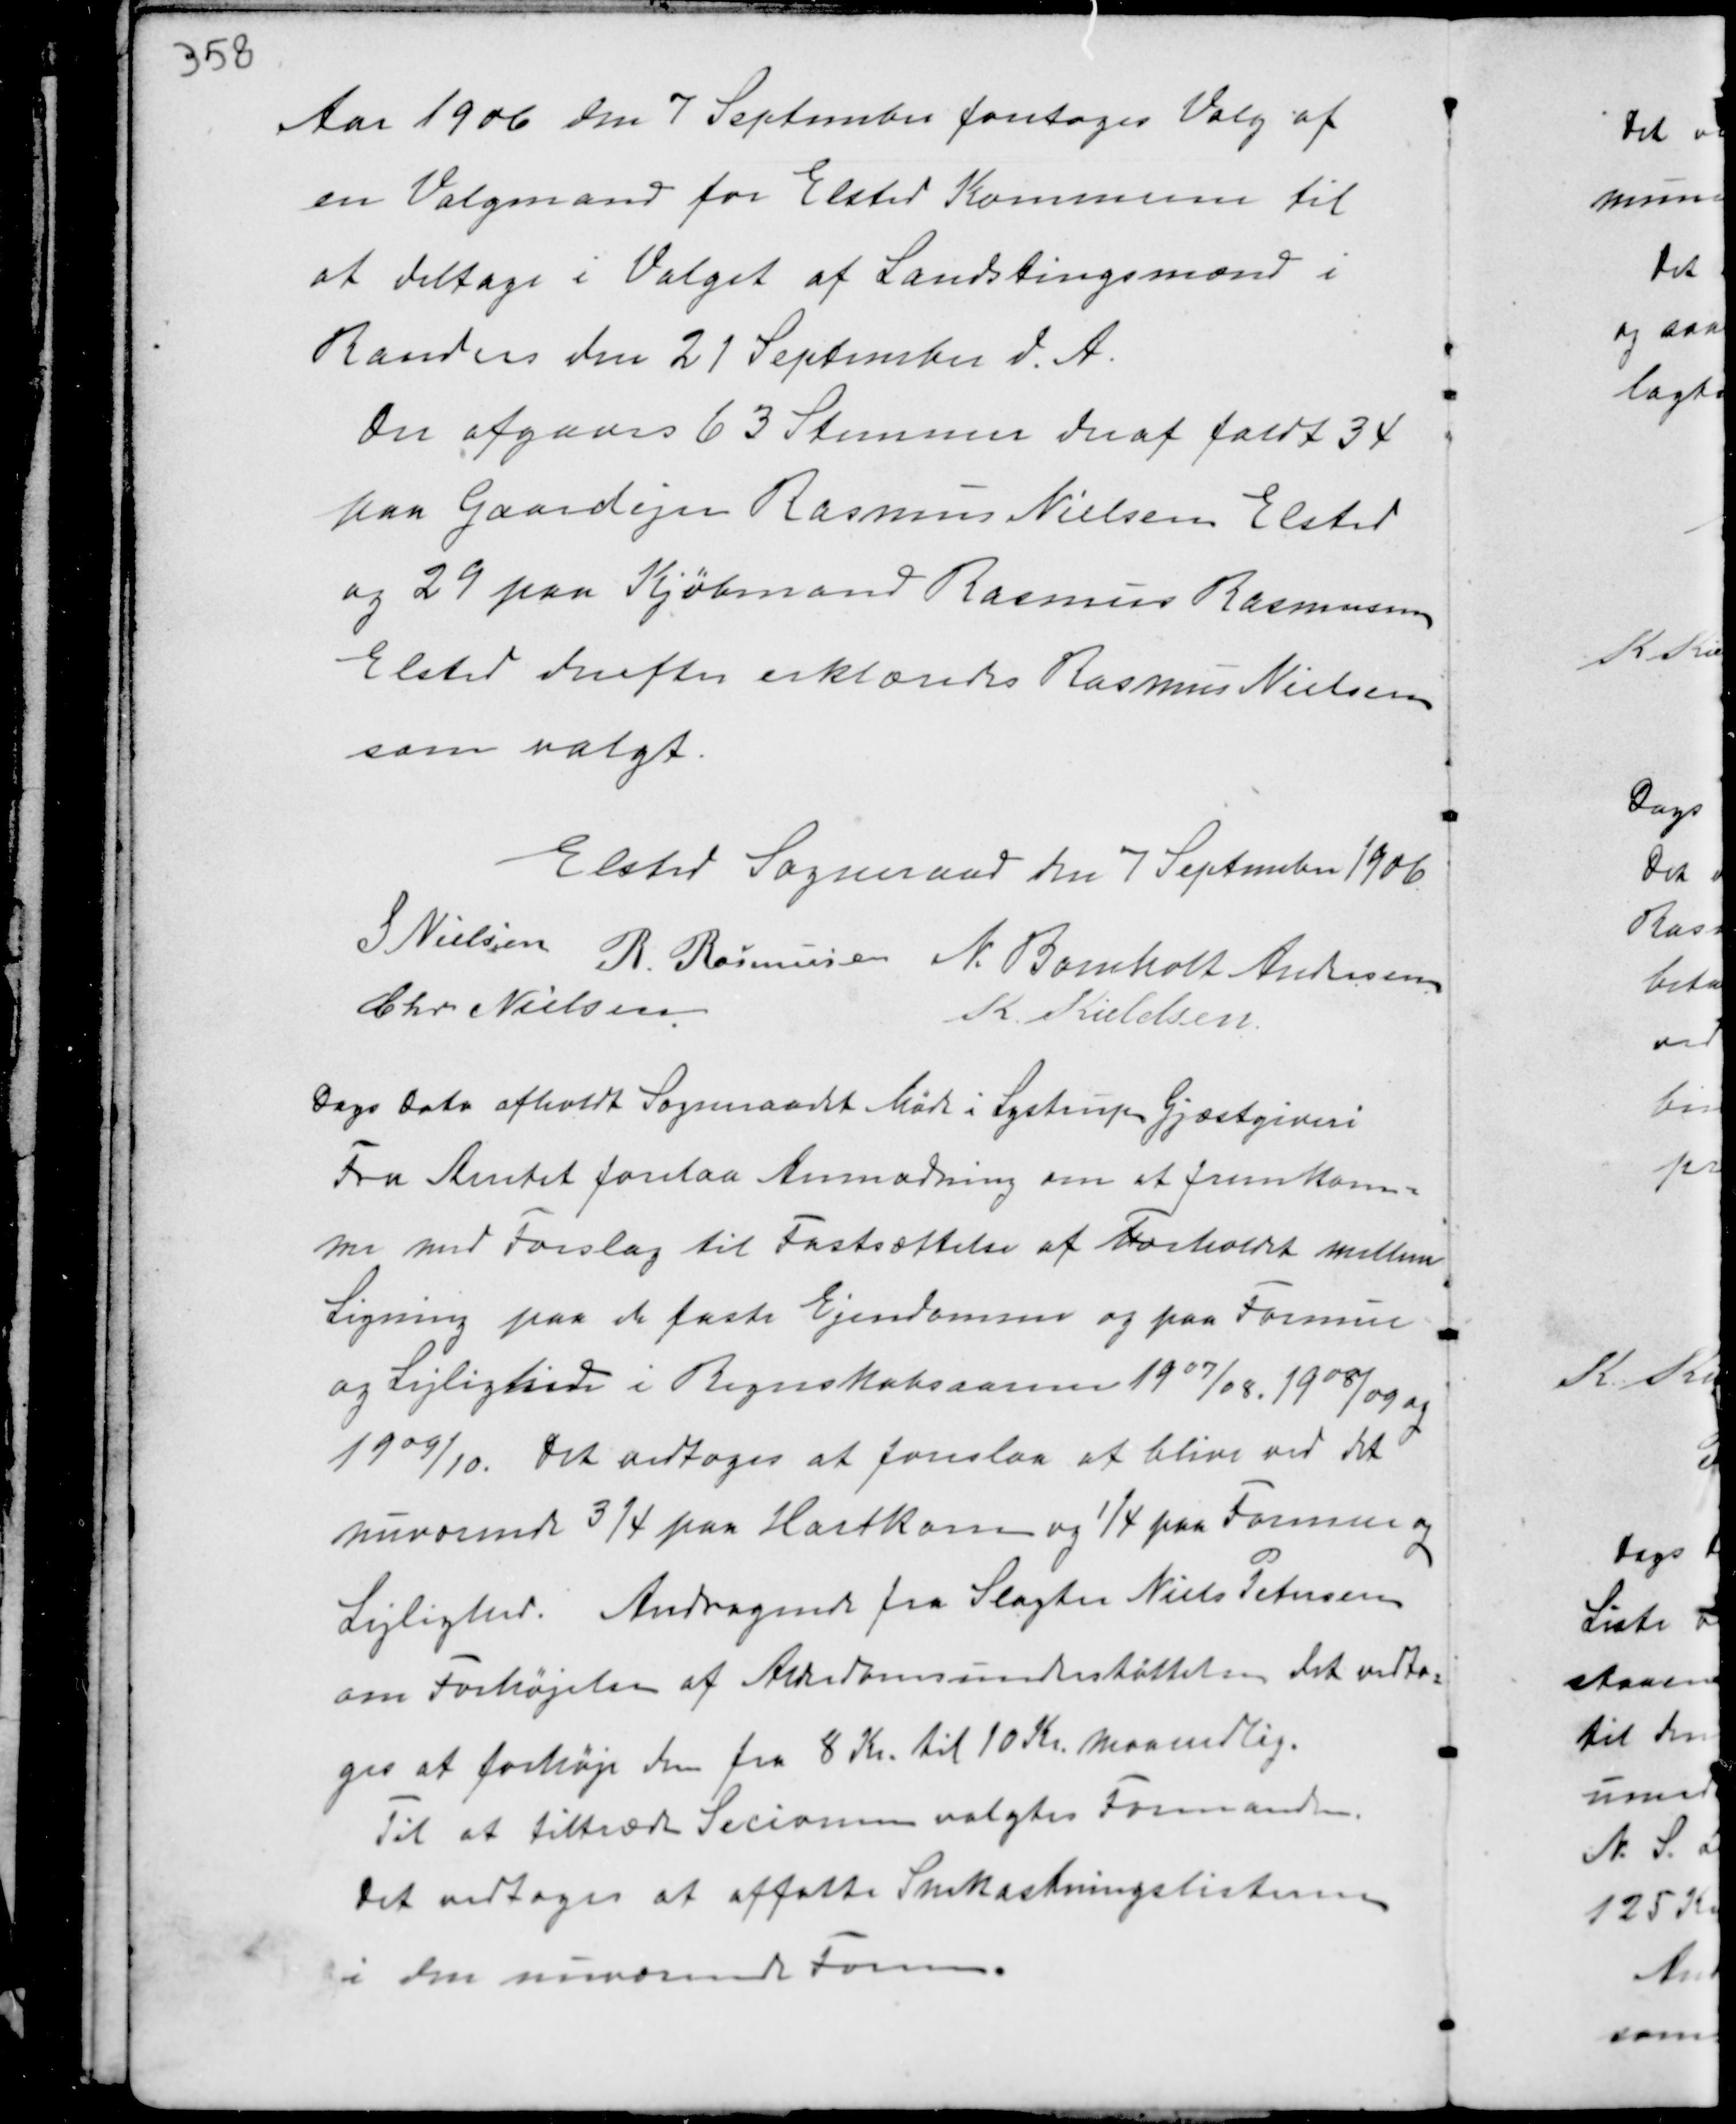
Transskription:
Aar 1906 den 7 September foretoges Valg af
en Valgmand for Elsted Kommune til
at deltage i Valget af Landstingsmænd i
Randers den 21 September d.A.
Der afgaves 63 Stemmer deraf faldt 34
paa Gaardejer Rasmus Nielsen Elsted
og 29 paa Kjøbmand Rasmus Rasmussen
Elsted derefter erklæredes Rasmus Nielsen
som valgt.

Elsted Sogneraad den 7 September 1906
S Nielsen
R. Rasmussen N. Bomholt Andersen
Chr Nielsen
K. Kieldsen

Dags Dato afholdt Sogneraadet Møde i Lystrup Gjæstgiveri
Fra Amtet forelaa Anmodning om at fremkom-
me med Forslag til Fastsættelse af Forholdet mellem
Ligning paa de faste Ejendomme og paa Formue
og Lejlighed i Regnskabsaarene 1907/08, 1908/09 og
1909/10. Det vedtoges at foreslaa at blive ved det
nuværende ¾ paa Hartkorn og ¼ paa Formue og
Lejlighed. Andragende fra Slagter Niels Petersen
om Forhøjelse af Alderdomsunderstøttelsen det vedto-
ges at forhøje den fra 8 Kr. til 10 Kr. maanedlig.
Til at tiltræde Secionen valgtes Formanden.
Det vedtoges at affatte Snekastningslisterne
i den nuværende Form.